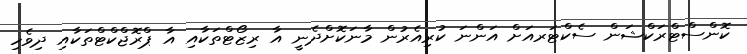
ކޮންސްޓްރަކްޝަން ސެކްޓަރއަށް އަންނަ ކުރިއެރުން މާނަކޮށްދެނީ އާ ރިޒޯޓްތަކާއި އާ ޕްރޮޖްކްޓްތަކާއި ދިވެހި